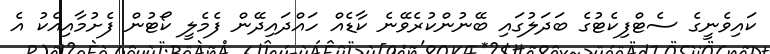
ކައިވެނީގެ ސެޓްފިކެޓުގެ ބަދަލުގައި ބޭނުންކުރެވޭނެ ކާޑެއް ހައްދައިދޭން ފެމެލީ ކޯޓުން ފެށުމާއިއެކު އެ